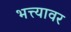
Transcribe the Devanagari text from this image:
भत्त्यावर